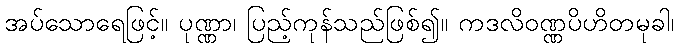
အပ်သောရေဖြင့်။ ပုဏ္ဏာ၊ ပြည့်ကုန်သည်ဖြစ်၍။ ကဒလိဝဏ္ဏပိဟိတမုခါ၊